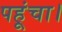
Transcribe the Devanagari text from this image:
पहूंचा।